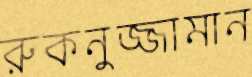
রুকনুজ্জামান